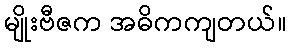
မျိုးဗီဇက အဓိကကျတယ်။